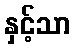
နှင့်သာ